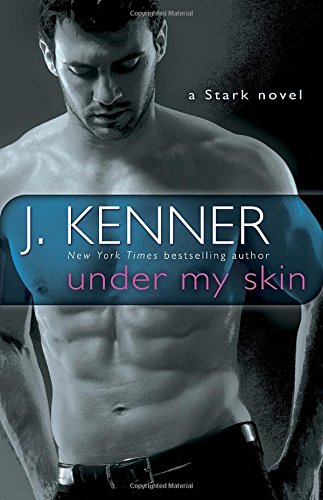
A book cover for Under My Skin: A Stark Novel; J. Kenner; Romance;